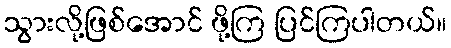
သွားလို့ဖြစ်အောင် ဖို့ကြ ပြင်ကြပါတယ်။